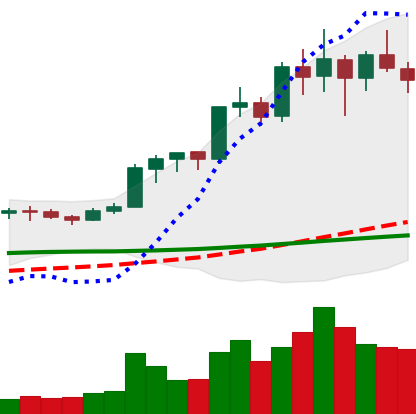
Ticker: LINK-USD
Chart end date: 2020-02-20
Forward return: -17.752%
Label: down_7plus